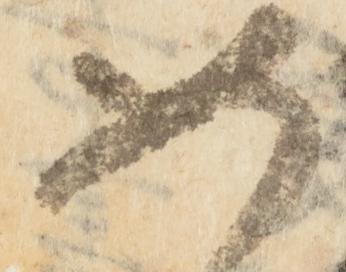
如